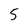
Character: 5